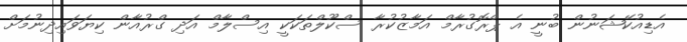
އެޑިއުކޭޝަނުން ބުނީ އެ ޕްރޮގުރާމް އަމާޒުކުރާ ސްކޫލްތަކަކީ އިސްލާމް އަދި ގްރުއާން ކިޔަވައިދިނުމަށް